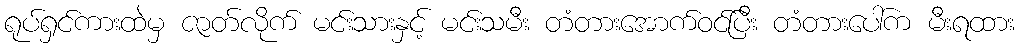
ရုပ်ရှင်ကားထဲမှ ဇာတ်လိုက် မင်းသားနှင့် မင်းသမီး တံတားအောက်ဝင်ပြီး တံတားပေါ်က မီးရထား